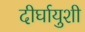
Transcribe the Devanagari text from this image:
दीर्घायुशी